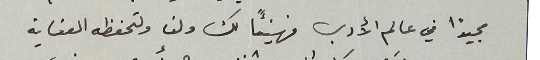
مجيدًا في عالم الأدب فهنيئاً لك ولنا ولتحفظه العناية